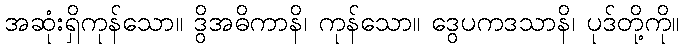
အဆုံးရှိကုန်သော။ ဒွိအဓိကာနိ၊ ကုန်သော။ ဒွေပကဒသာနိ၊ ပုဒ်တို့ကို။